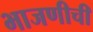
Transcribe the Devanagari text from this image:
भाजणीची